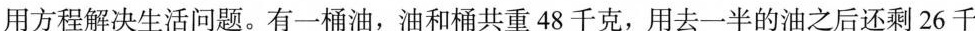
用方程解决生活问题。有一桶油，油和桶共重48千克，用去一半的油之后还剩26千